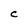
Character: C